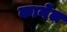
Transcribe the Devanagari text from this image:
कानेल